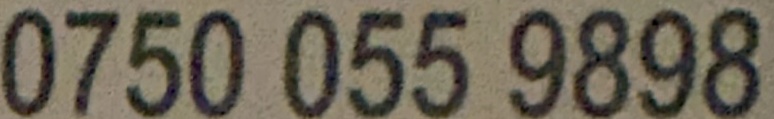
0750 055 9898